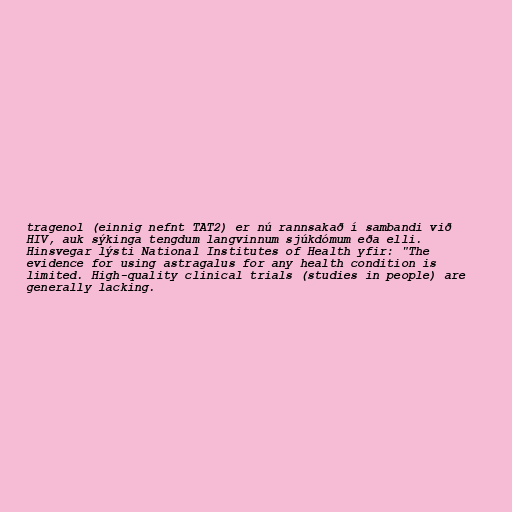
tragenol (einnig nefnt TAT2) er nú rannsakað í sambandi við
HIV, auk sýkinga tengdum langvinnum sjúkdómum eða elli.
Hinsvegar lýsti National Institutes of Health yfir: "The
evidence for using astragalus for any health condition is
limited. High-quality clinical trials (studies in people) are
generally lacking.